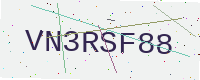
Text: VN3RSF88